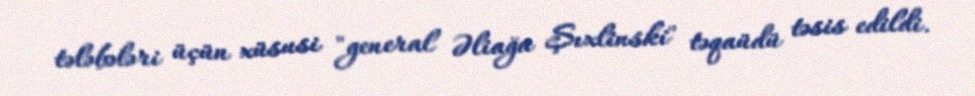
tələbələri üçün xüsusi "general Əliağa Şıxlinski" təqaüdü təsis edildi.